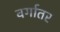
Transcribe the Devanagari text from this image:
वर्गातर